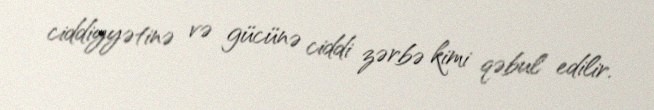
ciddiyyətinə və gücünə ciddi zərbə kimi qəbul edilir.